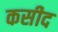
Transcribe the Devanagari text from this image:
कसीद